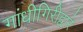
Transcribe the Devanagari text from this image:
गांधीगिरीद्वारे